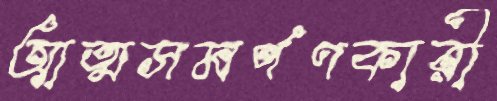
আত্মসমর্পণকারী